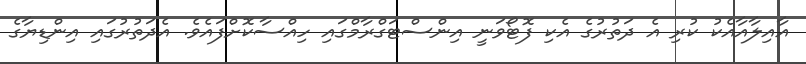
އާއިލާއާއެކު ކުރި އެ ދަތުރުގެ އެކި ފޮޓޯވަނީ އިންސްޓަގްރާމްގައި ހިއްސާކޮށްފައެވެ. އެދަތުރުގައި އިންޑިޔާގެ